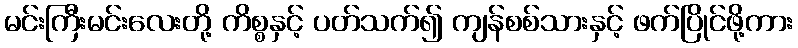
မင်းကြီးမင်းလေးတို့ ကိစ္စနှင့် ပတ်သက်၍ ကျန်စစ်သားနှင့် ဖက်ပြိုင်ဖို့ကား